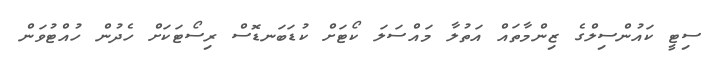
ސިޓީ ކައުންސިލްގެ ޒިންމާތައް އަތުލާ މައްސަލަ ކޯޓަށް ކުޑަބަނޑޮސް ރިސޯޓަކަށް ހެދުން ހުއްޓުވަން